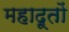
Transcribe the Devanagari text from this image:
महादूतों